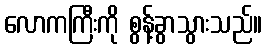
လောကကြီးကို စွန့်ခွာသွားသည်။